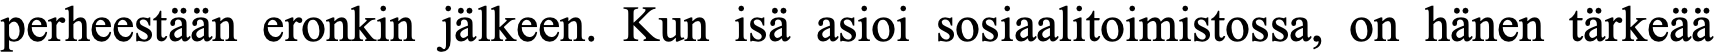
perheestään eronkin jälkeen. Kun isä asioi sosiaalitoimistossa, on hänen tärkeää